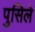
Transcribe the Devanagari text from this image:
पुसिले